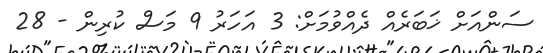
ސަންއަށް ޚަބަރެއް ދެއްވުމަށް: 3 އަހަރު 9 މަސް ކުރިން - 28